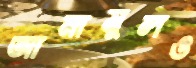
আনামুলও